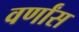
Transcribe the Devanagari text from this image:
वर्णांस